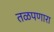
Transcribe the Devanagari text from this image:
तळपणारा